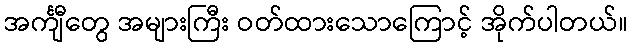
အင်္ကျီတွေ အများကြီး ဝတ်ထားသောကြောင့် အိုက်ပါတယ်။